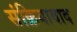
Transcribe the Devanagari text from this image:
संक्रियावाद